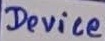
Text: Device